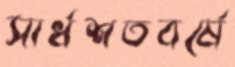
সার্ধশতবর্ষে